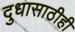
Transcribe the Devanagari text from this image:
दुधासाठीही